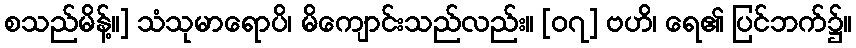
စသည်မိန့်။] သံသုမာရောပိ၊ မိကျောင်းသည်လည်း။ [၀၇] ဗဟိ၊ ရေ၏ ပြင်ဘက်၌။